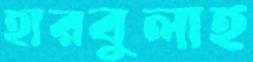
হারবুলাহ